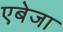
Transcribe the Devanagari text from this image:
एबेजा